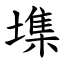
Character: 㙫